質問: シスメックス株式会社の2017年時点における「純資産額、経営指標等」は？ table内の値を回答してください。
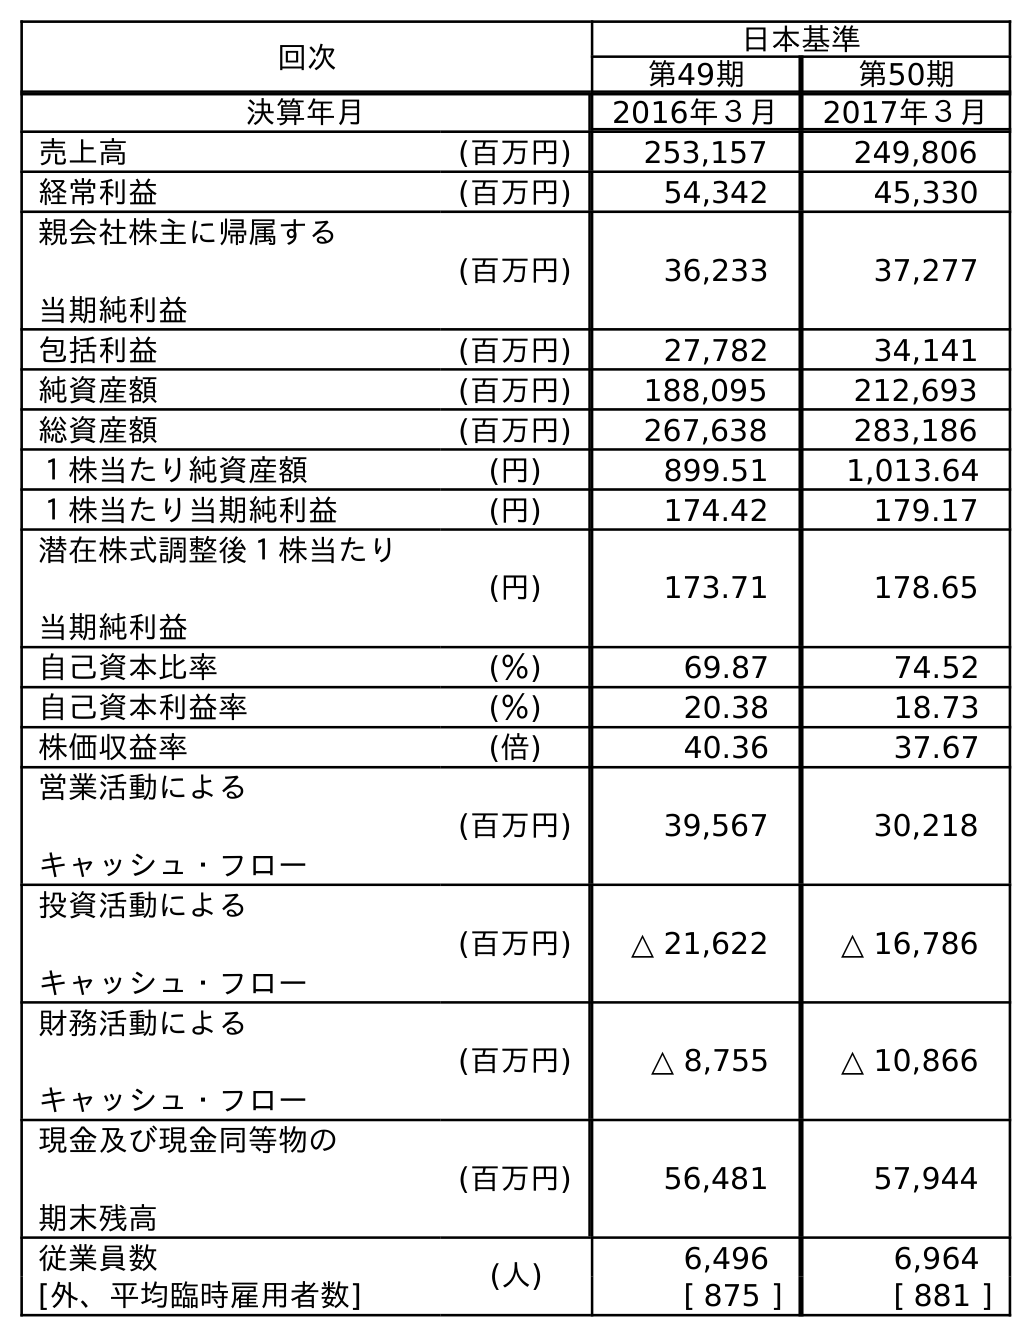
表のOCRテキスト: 回次 日本基準 第49期 第50期 決算年月 2016年３月 2017年３月 売上高 (百万円) 253,157 249,806 経常利益 (百万円) 54,342 45,330 親会社株主に帰属する 当期純利益 (百万円) 36,233 37,277 包括利益 (百万円) 27,782 34,141 純資産額 (百万円) 188,095 212,693 総資産額 (百万円) 267,638 283,186 １株当たり純資産額 (円) 899.51 1,013.64 １株当たり当期純利益 (円) 174.42 179.17 潜在株式調整後１株当たり 当期純利益 (円) 173.71 178.65 自己資本比率 (％) 69.87 74.52 自己資本利益率 (％) 20.38 18.73 株価収益率 (倍) 40.36 37.67 営業活動による キャッシュ・フロー (百万円) 39,567 30,218 投資活動による キャッシュ・フロー (百万円) △ 21,622 △ 16,786 財務活動による キャッシュ・フロー (百万円) △ 8,755 △ 10,866 現金及び現金同等物の 期末残高 (百万円) 56,481 57,944 従業員数 (人) 6,496 6,964 [外、平均臨時雇用者数] [ 875 ] [ 881 ]
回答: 212,693